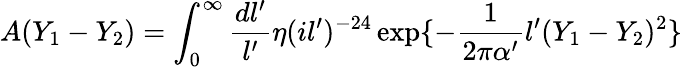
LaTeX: A(Y_{1}-Y_{2})=\int_{0}^{\infty}\frac{dl^{\prime}}{l^{\prime}}\eta(il^{\prime})^{-24}\exp\{ -\frac{1}{2\pi\alpha^{\prime}}l^{\prime}(Y_{1}-Y_{2})^{2}\}